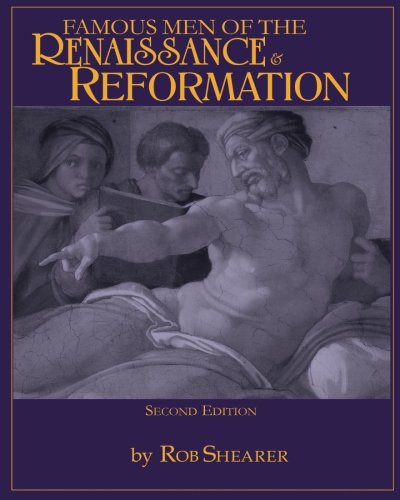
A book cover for Famous Men Of The Renaissance & Reformation; Robert G. Shearer; Teen & Young Adult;